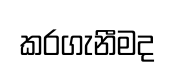
කරගැනීමද